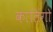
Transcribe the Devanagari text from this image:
कालिंगो